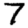
Digit: 7